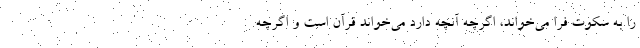
را به سکوت فرا می‌خواند، اگرچه آنچه دارد می‌خواند قرآن است و اگرچه